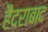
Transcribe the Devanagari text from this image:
हैैदराबाद